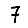
Digit: 7